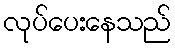
လုပ်ပေးနေသည်